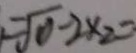
= \sqrt { 0 } - 2 \times 2 =